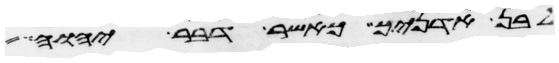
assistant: לבן אדניך כאשר דבר יהוה